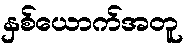
နှစ်ယောက်အတူ